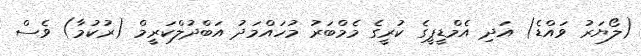
(ލޯޔަރު ވައްޑެ) އަދި އެމްޑީޕީގެ ކުރީގެ މެމްބަރު މުހައްމަދު އަބްދުލްކަރީމް (ރުކުމާ) ވެސް